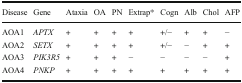
| Disease | Gene | Ataxia | OA | PN | Extrap* | Cogn | Alb | Chol | AFP |
 | --- | --- | --- | --- | --- | --- | --- | --- | --- | --- |
 | AOA1 | APTX | + | + | + | + | +/− | + | + | − |
 | AOA2 | SETX | + | + | + | + | +/− | − | + | + |
 | AOA3 | PIK3R5 | + | + | + | − | − | − | − | + |
 | AOA4 | PNKP | + | + | + | + | + | + | + | + |